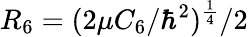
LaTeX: R_{6}=(2\mu C_{6}/\hbar^{2})^{\frac{1}{4}}/2